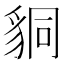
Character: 𧳆